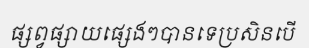
ផ្សព្វផ្សាយផ្សេងៗបានទេប្រសិនបើ